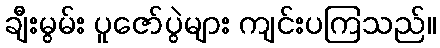
ချီးမွမ်း ပူဇော်ပွဲများ ကျင်းပကြသည်။